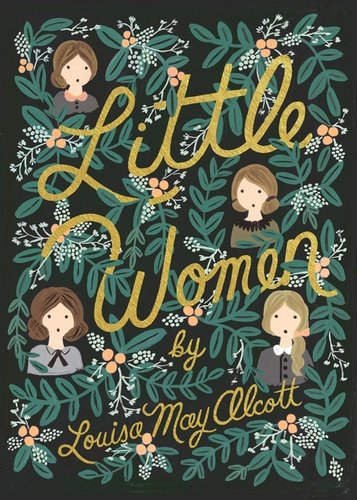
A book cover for Little Women (Puffin in Bloom); Louisa May Alcott; Teen & Young Adult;